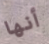
أنها